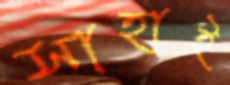
সাহাই